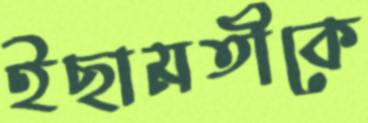
ইছামতীকে